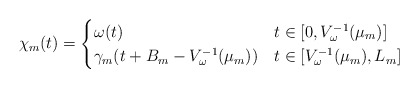
\begin{align*}\chi_m(t) =\begin{cases}\omega(t) & t \in [0,V_\omega^{-1}(\mu_m)] \\\gamma_m(t+B_m-V_\omega^{-1}(\mu_m)) & t \in [V_\omega^{-1}(\mu_m),L_m] \\\end{cases}\end{align*}